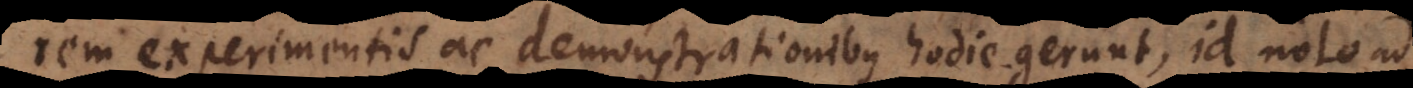
rem experimentis ac demonstrationibus hodie gerunt, id nolo ad